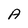
Character: A